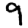
Digit: 9